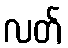
လတ်